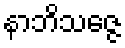
နာဘိသဇ္ဇေ